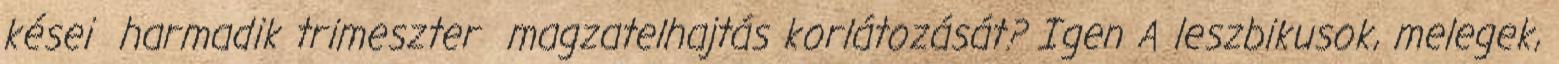
kései harmadik trimeszter magzatelhajtás korlátozását? Igen A leszbikusok, melegek,